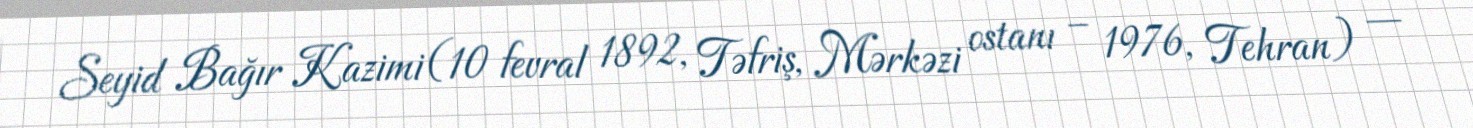
Seyid Bağır Kazimi (10 fevral 1892, Təfriş, Mərkəzi ostanı – 1976, Tehran) —